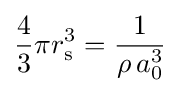
{\frac {4}{3}}\pi r_{\rm {s}}^{3}={\frac {1}{\rho \,a_{0}^{3}}}\